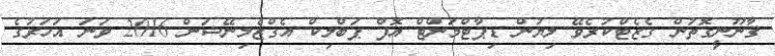
ޤާނޫނީގޮތުން ގެޒެޓްކުރެވޭ ލިޔުން ޑިޕާޓްމަންޓް އޮފް ޕަބްލިކް އެގްޒެމިނޭޝަން 2016 ވަނަ އަހަރުގެ